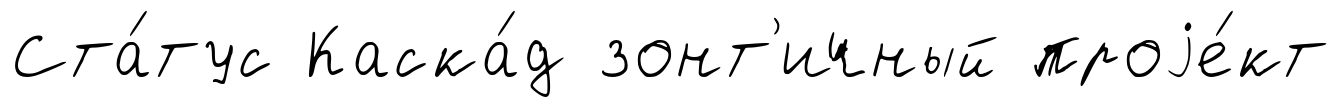
Ста́тус Каска́д зонт'ичный проjе́кт